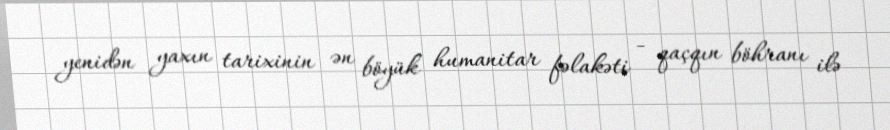
yenidən yaxın tarixinin ən böyük humanitar fəlakəti - qaçqın böhranı ilə